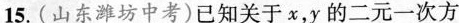
15.(山东潍坊中考)已知关于x，y的二元一次方